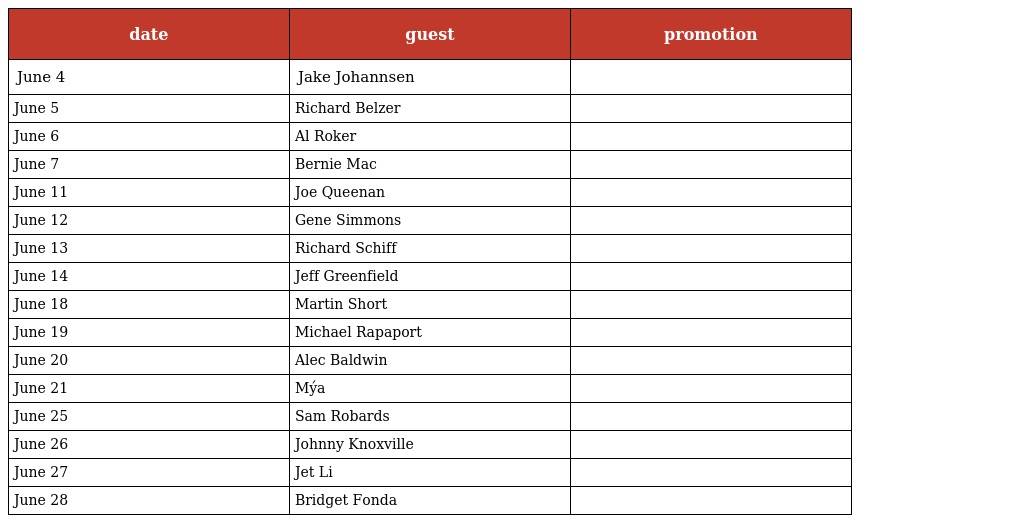
| date | guest | promotion |
 | --- | --- | --- |
 | June 4 | Jake Johannsen |  |
 | June 5 | Richard Belzer |  |
 | June 6 | Al Roker |  |
 | June 7 | Bernie Mac |  |
 | June 11 | Joe Queenan |  |
 | June 12 | Gene Simmons |  |
 | June 13 | Richard Schiff |  |
 | June 14 | Jeff Greenfield |  |
 | June 18 | Martin Short |  |
 | June 19 | Michael Rapaport |  |
 | June 20 | Alec Baldwin |  |
 | June 21 | Mýa |  |
 | June 25 | Sam Robards |  |
 | June 26 | Johnny Knoxville |  |
 | June 27 | Jet Li |  |
 | June 28 | Bridget Fonda |  |